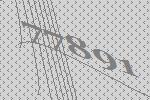
77891